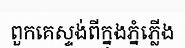
ពួកគេស្ទង់ពីក្នុងភ្នំភ្លើង